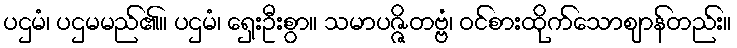
ပဌမံ၊ ပဌမမည်၏။ ပဌမံ၊ ရှေးဦးစွာ။ သမာပဇ္ဇိတဗ္ဗံ၊ ဝင်စားထိုက်သောဈာန်တည်း။